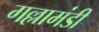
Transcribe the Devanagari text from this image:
गल्लामंडी